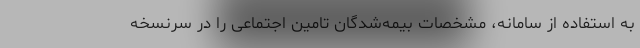
به استفاده از سامانه، مشخصات بیمه‌شدگان تامین اجتماعی را در سرنسخه